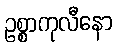
ဥစ္စာကုလီနော